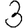
Digit: 3